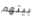
بيتهم